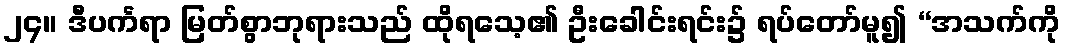
၂၄။ ဒီပင်္ကရာ မြတ်စွာဘုရားသည် ထိုရသေ့၏ ဦးခေါင်းရင်း၌ ရပ်တော်မူ၍ “အသက်ကို